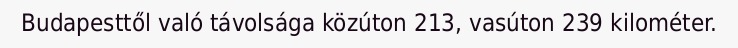
Budapesttől való távolsága közúton 213, vasúton 239 kilométer.